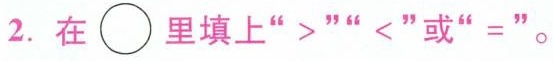
2. 在里\bigcirc{}填上”> <”或”=”。